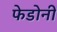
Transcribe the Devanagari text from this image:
फेडोनी